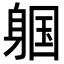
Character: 𬧩